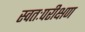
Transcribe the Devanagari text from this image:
स्वतःपरीक्षण